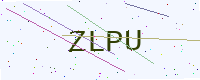
Text: ZLPU